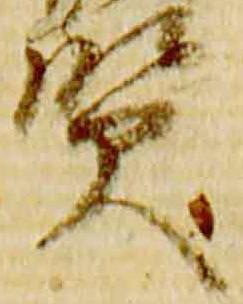
賢